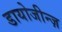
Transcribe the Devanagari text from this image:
डायोजीन्ज़